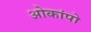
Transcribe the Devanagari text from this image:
ओकांपो